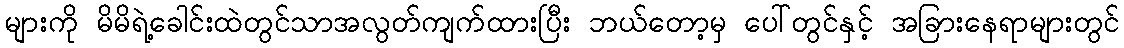
များကို မိမိရဲ့ခေါင်းထဲတွင်သာအလွတ်ကျက်ထားပြီး ဘယ်တော့မှ ပေါ်တွင်နှင့် အခြားနေရာများတွင်